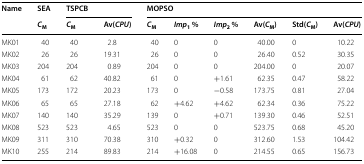
| Name | SEA | <COLSPAN=2> TSPCB | <COLSPAN=6> MOPSO |
 |  | CM | CM | Av(CPU) | CM | Imp1 % | Imp2 % | Av(CM) | Std(CM) | Av(CPU) |
 | --- | --- | --- | --- | --- | --- | --- | --- | --- | --- |
 | MK01 | 40 | 40 | 2.8 | 40 | 0 | 0 | 40.00 | 0 | 10.22 |
 | MK02 | 26 | 26 | 19.31 | 26 | 0 | 0 | 26.40 | 0.52 | 30.35 |
 | MK03 | 204 | 204 | 0.89 | 204 | 0 | 0 | 204.00 | 0 | 20.07 |
 | MK04 | 61 | 62 | 40.82 | 61 | 0 | +1.61 | 62.35 | 0.47 | 58.22 |
 | MK05 | 173 | 172 | 20.23 | 173 | 0 | −0.58 | 173.75 | 0.81 | 27.04 |
 | MK06 | 65 | 65 | 27.18 | 62 | +4.62 | +4.62 | 62.34 | 0.36 | 75.22 |
 | MK07 | 140 | 140 | 35.29 | 139 | 0 | +0.71 | 139.30 | 0.46 | 52.51 |
 | MK08 | 523 | 523 | 4.65 | 523 | 0 | 0 | 523.75 | 0.68 | 45.20 |
 | MK09 | 311 | 310 | 70.38 | 310 | +0.32 | 0 | 312.60 | 1.53 | 104.42 |
 | MK10 | 255 | 214 | 89.83 | 214 | +16.08 | 0 | 214.55 | 0.65 | 156.73 |